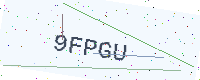
Text: 9FPGU